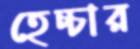
হেচ্চার